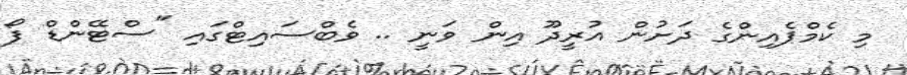
މި ކެމްޕެއިންގެ ދަށުން އުރީދޫ އިން ވަނީ .. ވެބްސައިޓްގައި "ސްޓޭންޑް ފޯ